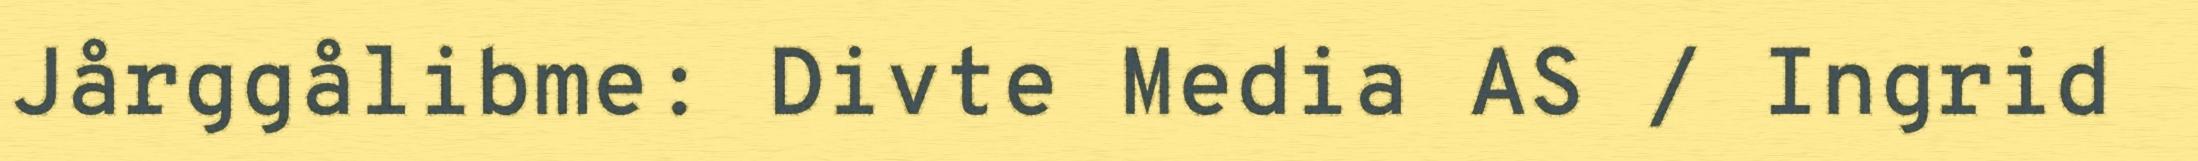
Jårggålibme: Divte Media AS / Ingrid